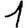
Digit: 1